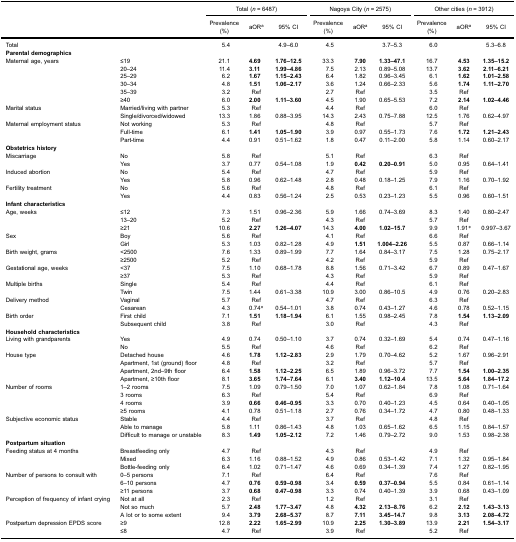
<table><thead><tr><td rowspan="3" colspan="2"><b> </b></td><td colspan="3"><b>Total (<i>n</i> = 6487)</b></td><td colspan="3"><b>Nagoya City (<i>n</i> = 2575)</b></td><td colspan="3"><b>Other cities (<i>n</i> = 3912)</b></td></tr><tr><td><b>Prevalence(%)</b></td><td><b>aOR<sup>a</sup></b></td><td><b>95% CI</b></td><td><b>Prevalence(%)</b></td><td><b>aOR<sup>a</sup></b></td><td><b>95% CI</b></td><td><b>Prevalence(%)</b></td><td><b>aOR<sup>a</sup></b></td><td><b>95% CI</b></td></tr></thead><tbody><tr><td colspan="2">Total</td><td>5.4</td><td> </td><td>4.9–6.0</td><td>4.5</td><td> </td><td>3.7–5.3</td><td>6.0</td><td> </td><td>5.3–6.8</td></tr><tr><td colspan="2"><b>Parental demographics</b></td><td> </td><td> </td><td> </td><td> </td><td> </td><td> </td><td> </td><td> </td><td> </td></tr><tr><td rowspan="6">Maternal age, years</td><td>≤19</td><td>21.1</td><td><b>4.69</b></td><td><b>1.76–12.5</b></td><td>33.3</td><td><b>7.90</b></td><td><b>1.33–47.1</b></td><td>16.7</td><td><b>4.53</b></td><td><b>1.35–15.2</b></td></tr><tr><td>20–24</td><td>11.4</td><td><b>3.11</b></td><td><b>1.99–4.86</b></td><td>7.5</td><td>2.13</td><td>0.89–5.08</td><td>13.7</td><td><b>3.62</b></td><td><b>2.11–6.21</b></td></tr><tr><td>25–29</td><td>6.2</td><td><b>1.67</b></td><td><b>1.15–2.43</b></td><td>6.4</td><td>1.82</td><td>0.96–3.45</td><td>6.1</td><td><b>1.62</b></td><td><b>1.01–2.58</b></td></tr><tr><td>30–34</td><td>4.8</td><td><b>1.51</b></td><td><b>1.06–2.17</b></td><td>3.6</td><td>1.24</td><td>0.66–2.33</td><td>5.6</td><td><b>1.74</b></td><td><b>1.11–2.70</b></td></tr><tr><td>35–39</td><td>3.2</td><td>Ref</td><td> </td><td>2.7</td><td>Ref</td><td> </td><td>3.5</td><td>Ref</td><td> </td></tr><tr><td>≥40</td><td>6.0</td><td><b>2.00</b></td><td><b>1.11–3.60</b></td><td>4.5</td><td>1.90</td><td>0.65–5.53</td><td>7.2</td><td><b>2.14</b></td><td><b>1.02–4.46</b></td></tr><tr><td rowspan="2">Marital status</td><td>Married/living with partner</td><td>5.3</td><td>Ref</td><td> </td><td>4.4</td><td>Ref</td><td> </td><td>6.0</td><td>Ref</td><td> </td></tr><tr><td>Single/divorced/widowed</td><td>13.3</td><td>1.86</td><td>0.88–3.95</td><td>14.3</td><td>2.43</td><td>0.75–7.88</td><td>12.5</td><td>1.76</td><td>0.62–4.97</td></tr><tr><td rowspan="3">Maternal employment status</td><td>Not working</td><td>5.3</td><td>Ref</td><td> </td><td>4.8</td><td>Ref</td><td> </td><td>5.7</td><td>Ref</td><td> </td></tr><tr><td>Full-time</td><td>6.1</td><td><b>1.41</b></td><td><b>1.05–1.90</b></td><td>3.9</td><td>0.97</td><td>0.55–1.73</td><td>7.6</td><td><b>1.72</b></td><td><b>1.21–2.43</b></td></tr><tr><td>Part-time</td><td>4.4</td><td>0.91</td><td>0.51–1.62</td><td>1.8</td><td>0.47</td><td>0.11–2.00</td><td>5.8</td><td>1.14</td><td>0.60–2.17</td></tr><tr><td colspan="2"><b>Obstetrics history</b></td><td> </td><td> </td><td> </td><td> </td><td> </td><td> </td><td> </td><td> </td><td> </td></tr><tr><td rowspan="2">Miscarriage</td><td>No</td><td>5.8</td><td>Ref</td><td> </td><td>5.1</td><td>Ref</td><td> </td><td>6.3</td><td>Ref</td><td> </td></tr><tr><td>Yes</td><td>3.7</td><td>0.77</td><td>0.54–1.08</td><td>1.9</td><td><b>0.42</b></td><td><b>0.20–0.91</b></td><td>5.0</td><td>0.95</td><td>0.64–1.41</td></tr><tr><td rowspan="2">Induced abortion</td><td>No</td><td>5.4</td><td>Ref</td><td> </td><td>4.7</td><td>Ref</td><td> </td><td>5.9</td><td>Ref</td><td> </td></tr><tr><td>Yes</td><td>5.8</td><td>0.96</td><td>0.62–1.48</td><td>2.8</td><td>0.48</td><td>0.18–1.25</td><td>7.9</td><td>1.16</td><td>0.70–1.92</td></tr><tr><td rowspan="2">Fertility treatment</td><td>No</td><td>5.6</td><td>Ref</td><td> </td><td>4.8</td><td>Ref</td><td> </td><td>6.1</td><td>Ref</td><td> </td></tr><tr><td>Yes</td><td>4.4</td><td>0.83</td><td>0.56–1.24</td><td>2.5</td><td>0.53</td><td>0.23–1.23</td><td>5.5</td><td>0.96</td><td>0.60–1.51</td></tr><tr><td colspan="2"><b>Infant characteristics</b></td><td> </td><td> </td><td> </td><td> </td><td> </td><td> </td><td> </td><td> </td><td> </td></tr><tr><td rowspan="3">Age, weeks</td><td>≤12</td><td>7.3</td><td>1.51</td><td>0.96–2.36</td><td>5.9</td><td>1.66</td><td>0.74–3.69</td><td>8.3</td><td>1.40</td><td>0.80–2.47</td></tr><tr><td>13–20</td><td>5.2</td><td>Ref</td><td> </td><td>4.3</td><td>Ref</td><td> </td><td>5.7</td><td>Ref</td><td> </td></tr><tr><td>≥21</td><td>10.6</td><td><b>2.27</b></td><td><b>1.26–4.07</b></td><td>14.3</td><td><b>4.00</b></td><td><b>1.02–15.7</b></td><td>9.9</td><td>1.91*</td><td>0.997–3.67</td></tr><tr><td rowspan="2">Sex</td><td>Boy</td><td>5.6</td><td>Ref</td><td> </td><td>4.1</td><td>Ref</td><td> </td><td>6.6</td><td>Ref</td><td> </td></tr><tr><td>Girl</td><td>5.3</td><td>1.03</td><td>0.82–1.28</td><td>4.9</td><td><b>1.51</b></td><td><b>1.004–2.26</b></td><td>5.5</td><td>0.87</td><td>0.66–1.14</td></tr><tr><td rowspan="2">Birth weight, grams</td><td>&lt;2500</td><td>7.6</td><td>1.33</td><td>0.89–1.99</td><td>7.7</td><td>1.64</td><td>0.84–3.17</td><td>7.5</td><td>1.28</td><td>0.75–2.17</td></tr><tr><td>≥2500</td><td>5.2</td><td>Ref</td><td> </td><td>4.2</td><td>Ref</td><td> </td><td>5.9</td><td>Ref</td><td> </td></tr><tr><td rowspan="2">Gestational age, weeks</td><td>&lt;37</td><td>7.5</td><td>1.10</td><td>0.68–1.78</td><td>8.8</td><td>1.56</td><td>0.71–3.42</td><td>6.7</td><td>0.89</td><td>0.47–1.67</td></tr><tr><td>≥37</td><td>5.3</td><td>Ref</td><td> </td><td>4.3</td><td>Ref</td><td> </td><td>5.9</td><td>Ref</td><td> </td></tr><tr><td rowspan="2">Multiple births</td><td>Single</td><td>5.4</td><td>Ref</td><td> </td><td>4.4</td><td>Ref</td><td> </td><td>6.1</td><td>Ref</td><td> </td></tr><tr><td>Twin</td><td>7.5</td><td>1.44</td><td>0.61–3.38</td><td>10.9</td><td>3.00</td><td>0.86–10.5</td><td>4.9</td><td>0.76</td><td>0.20–2.83</td></tr><tr><td rowspan="2">Delivery method</td><td>Vaginal</td><td>5.7</td><td>Ref</td><td> </td><td>4.7</td><td>Ref</td><td> </td><td>6.3</td><td>Ref</td><td> </td></tr><tr><td>Cesarean</td><td>4.3</td><td>0.74*</td><td>0.54–1.01</td><td>3.8</td><td>0.74</td><td>0.43–1.27</td><td>4.6</td><td>0.78</td><td>0.52–1.15</td></tr><tr><td rowspan="2">Birth order</td><td>First child</td><td>7.1</td><td><b>1.51</b></td><td><b>1.18–1.94</b></td><td>6.1</td><td>1.55</td><td>0.98–2.45</td><td>7.8</td><td><b>1.54</b></td><td><b>1.13–2.09</b></td></tr><tr><td>Subsequent child</td><td>3.8</td><td>Ref</td><td> </td><td>3.0</td><td>Ref</td><td> </td><td>4.3</td><td>Ref</td><td> </td></tr><tr><td colspan="2"><b>Household characteristics</b></td><td> </td><td> </td><td> </td><td> </td><td> </td><td> </td><td> </td><td> </td><td> </td></tr><tr><td rowspan="2">Living with grandparents</td><td>Yes</td><td>4.9</td><td>0.74</td><td>0.50–1.10</td><td>3.7</td><td>0.74</td><td>0.32–1.69</td><td>5.4</td><td>0.74</td><td>0.47–1.16</td></tr><tr><td>No</td><td>5.5</td><td>Ref</td><td> </td><td>4.6</td><td>Ref</td><td> </td><td>6.2</td><td>Ref</td><td> </td></tr><tr><td rowspan="4">House type</td><td>Detached house</td><td>4.6</td><td><b>1.78</b></td><td><b>1.12–2.83</b></td><td>2.9</td><td>1.79</td><td>0.70–4.62</td><td>5.2</td><td>1.67</td><td>0.96–2.91</td></tr><tr><td>Apartment, 1st (ground) floor</td><td>4.8</td><td>Ref</td><td> </td><td>3.2</td><td>Ref</td><td> </td><td>5.7</td><td>Ref</td><td> </td></tr><tr><td>Apartment, 2nd–9th floor</td><td>6.4</td><td><b>1.58</b></td><td><b>1.12–2.25</b></td><td>6.5</td><td>1.89</td><td>0.96–3.72</td><td>7.7</td><td><b>1.54</b></td><td><b>1.00–2.35</b></td></tr><tr><td>Apartment, ≥10th floor</td><td>8.1</td><td><b>3.65</b></td><td><b>1.74–7.64</b></td><td>6.1</td><td><b>3.40</b></td><td><b>1.12–10.4</b></td><td>13.5</td><td><b>5.64</b></td><td><b>1.84–17.2</b></td></tr><tr><td rowspan="4">Number of rooms</td><td>1–2 rooms</td><td>7.5</td><td>1.09</td><td>0.79–1.50</td><td>7.0</td><td>1.07</td><td>0.62–1.84</td><td>7.8</td><td>1.08</td><td>0.71–1.64</td></tr><tr><td>3 rooms</td><td>6.3</td><td>Ref</td><td> </td><td>5.4</td><td>Ref</td><td> </td><td>6.9</td><td>Ref</td><td> </td></tr><tr><td>4 rooms</td><td>3.9</td><td><b>0.66</b></td><td><b>0.46–0.95</b></td><td>3.3</td><td>0.70</td><td>0.40–1.23</td><td>4.5</td><td>0.64</td><td>0.40–1.05</td></tr><tr><td>≥5 rooms</td><td>4.1</td><td>0.78</td><td>0.51–1.18</td><td>2.7</td><td>0.76</td><td>0.34–1.72</td><td>4.7</td><td>0.80</td><td>0.48–1.33</td></tr><tr><td rowspan="3">Subjective economic status</td><td>Stable</td><td>4.4</td><td>Ref</td><td> </td><td>3.7</td><td>Ref</td><td> </td><td>4.8</td><td>Ref</td><td> </td></tr><tr><td>Able to manage</td><td>5.8</td><td>1.11</td><td>0.86–1.43</td><td>4.8</td><td>1.03</td><td>0.65–1.62</td><td>6.5</td><td>1.15</td><td>0.84–1.57</td></tr><tr><td>Difficult to manage or unstable</td><td>8.3</td><td><b>1.49</b></td><td><b>1.05–2.12</b></td><td>7.2</td><td>1.46</td><td>0.79–2.72</td><td>9.0</td><td>1.53</td><td>0.98–2.38</td></tr><tr><td colspan="2"><b>Postpartum situation</b></td><td> </td><td> </td><td> </td><td> </td><td> </td><td> </td><td> </td><td> </td><td> </td></tr><tr><td rowspan="3">Feeding status at 4 months</td><td>Breastfeeding only</td><td>4.7</td><td>Ref</td><td> </td><td>4.3</td><td>Ref</td><td> </td><td>4.9</td><td>Ref</td><td> </td></tr><tr><td>Mixed</td><td>6.3</td><td>1.16</td><td>0.88–1.52</td><td>4.9</td><td>0.86</td><td>0.53–1.42</td><td>7.1</td><td>1.32</td><td>0.95–1.84</td></tr><tr><td>Bottle-feeding only</td><td>6.4</td><td>1.02</td><td>0.71–1.47</td><td>4.6</td><td>0.69</td><td>0.34–1.39</td><td>7.4</td><td>1.27</td><td>0.82–1.95</td></tr><tr><td rowspan="3">Number of persons to consult with</td><td>0–5 persons</td><td>7.1</td><td>Ref</td><td> </td><td>6.4</td><td>Ref</td><td> </td><td>7.6</td><td>Ref</td><td> </td></tr><tr><td>6–10 persons</td><td>4.7</td><td><b>0.76</b></td><td><b>0.59–0.98</b></td><td>3.4</td><td><b>0.59</b></td><td><b>0.37–0.94</b></td><td>5.5</td><td>0.84</td><td>0.61–1.14</td></tr><tr><td>≥11 persons</td><td>3.7</td><td><b>0.68</b></td><td><b>0.47–0.98</b></td><td>3.3</td><td>0.74</td><td>0.40–1.39</td><td>3.9</td><td>0.68</td><td>0.43–1.09</td></tr><tr><td rowspan="3">Perception of frequency of infant crying</td><td>Not at all</td><td>2.3</td><td>Ref</td><td> </td><td>1.2</td><td>Ref</td><td> </td><td>3.1</td><td>Ref</td><td> </td></tr><tr><td>Not so much</td><td>5.7</td><td><b>2.48</b></td><td><b>1.77–3.47</b></td><td>4.8</td><td><b>4.32</b></td><td><b>2.13–8.76</b></td><td>6.2</td><td><b>2.12</b></td><td><b>1.43–3.13</b></td></tr><tr><td>A lot or to some extent</td><td>9.4</td><td><b>3.79</b></td><td><b>2.68–5.37</b></td><td>8.7</td><td><b>7.11</b></td><td><b>3.45–14.7</b></td><td>9.8</td><td><b>3.13</b></td><td><b>2.08–4.72</b></td></tr><tr><td rowspan="2">Postpartum depression EPDS score</td><td>≥9</td><td>12.8</td><td><b>2.22</b></td><td><b>1.65–2.99</b></td><td>10.9</td><td><b>2.25</b></td><td><b>1.30–3.89</b></td><td>13.9</td><td><b>2.21</b></td><td><b>1.54–3.17</b></td></tr><tr><td>≤8</td><td>4.7</td><td>Ref</td><td> </td><td>3.9</td><td>Ref</td><td> </td><td>5.2</td><td>Ref</td><td> </td></tr></tbody></table>